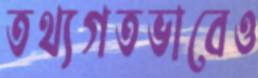
তথ্যগতভাবেও